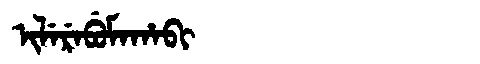
Manchu: ᡳᠯᡝᡵᡝᠪᡠᠮᠠᡥᠠᠪᡳ
Romanization: ILEREBUMAHABI